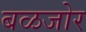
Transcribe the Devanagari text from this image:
बळजोर